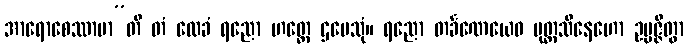
အာရောစေဿာမာ”တိ တံ လေခံ ရညော ဟတ္ထေ ဌပေသုံ။ ရညော တင်္ခဏေယေဝ ပုတ္တသိနေဟော ဥပ္ပဇ္ဇိတွာ